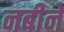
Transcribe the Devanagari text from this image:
नबीने